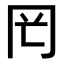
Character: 𠕏